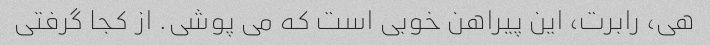
هی، رابرت، این پیراهن خوبی است که می پوشی. از کجا گرفتی